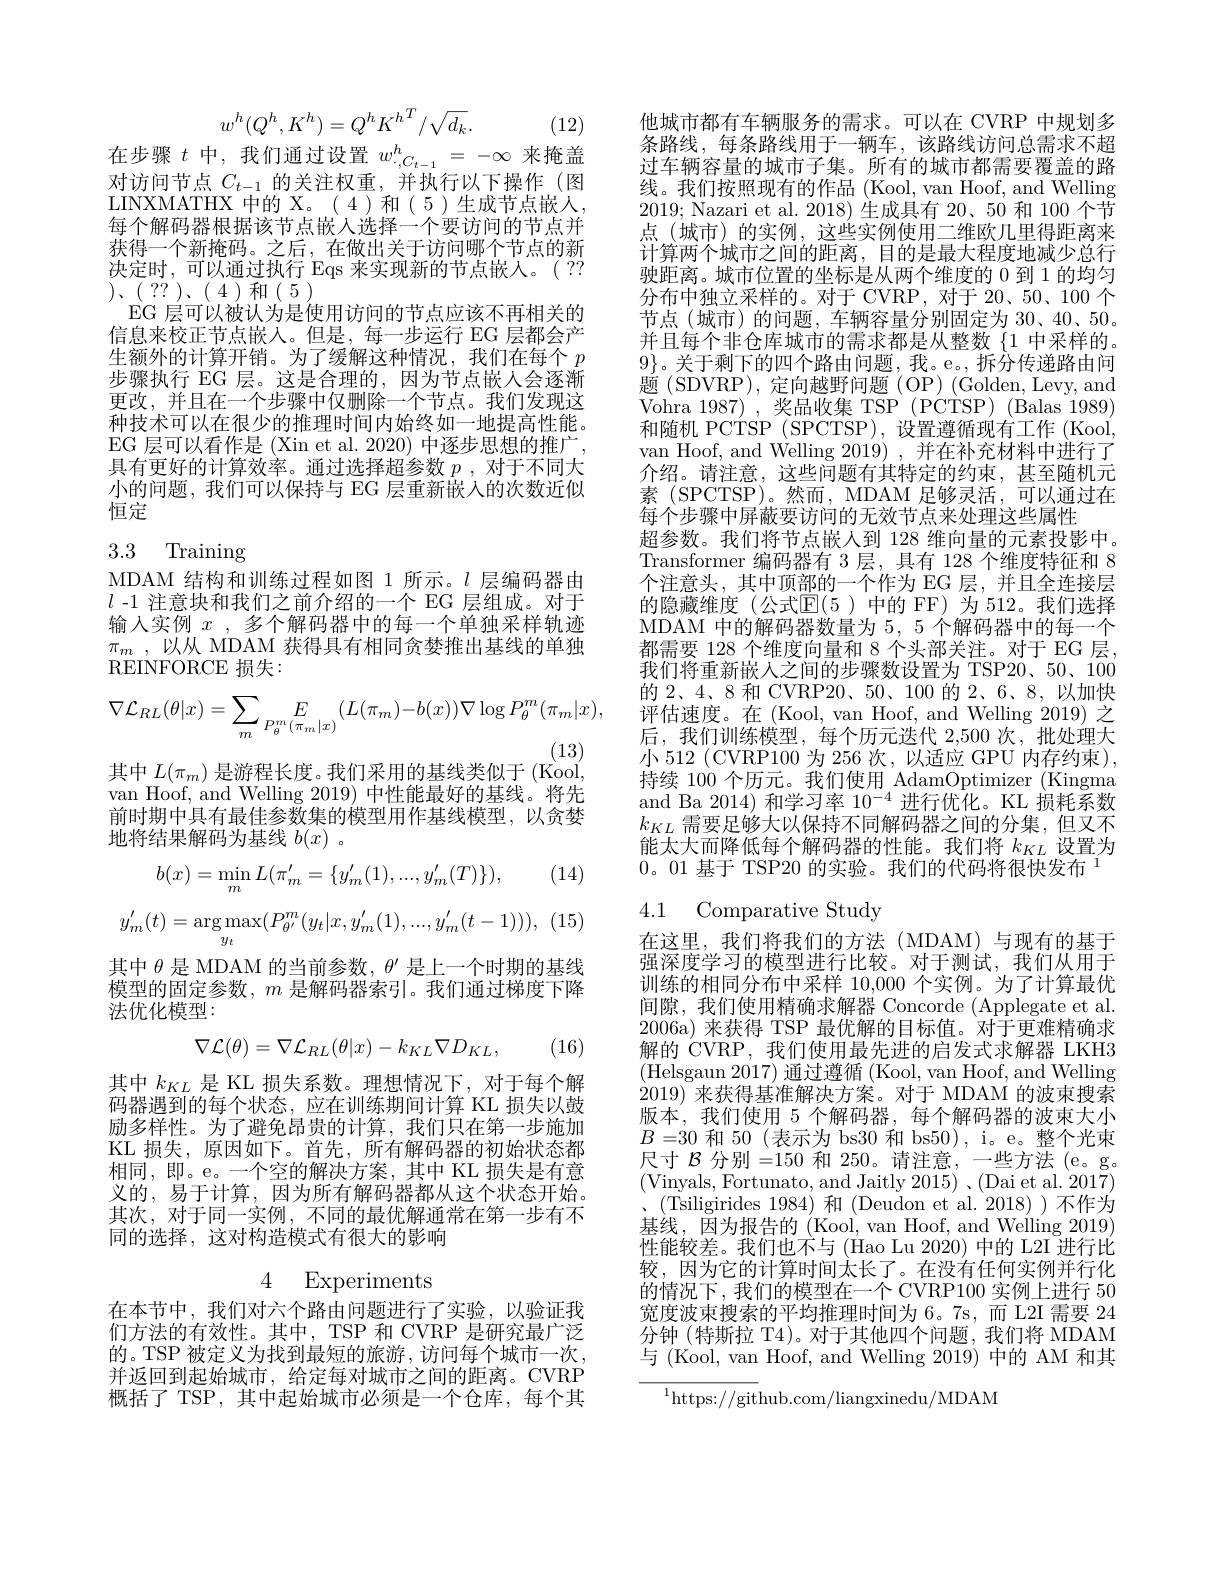
$$w^h(Q^h,K^h)=Q^hK^h^T/\sqrt{d_k}.$$
在步骤$t$中，我们通过设置$w_{\cdot C_{t-1}}^h=-\infty$来掩盖

(12)

对访问节点$C_t-1$的关注权重，并执行以下操作(图LINXMATHX 中的 X。(4)和(5)生成节点嵌人， 每个解码器根据该节点嵌入选择一个要访问的节点并获得一个新掩码。之后，在做出关于访问哪个节点的新决定时，可以通过执行 Eqs 来实现新的节点嵌人。( ?? $) 、 ($ ?? ), ( 4 )和( 5 )
EG 层可以被认为是使用访问的节点应该不再相关的信息来校正节点嵌入。但是，每一步运行 EG 层都会产生额外的计算开销。为了缓解这种情况，我们在每个$p$ 步骤执行 EG 层。这是合理的，因为节点嵌人会逐渐更改，并且在一个步骤中仅删除一个节点。我们发现这种技术可以在很少的推理时间内始终如一地提高性能。EG 层可以看作是 (Xin et al. 2020) 中逐步思想的推广， 具有更好的计算效率。通过选择超参数$p$ ,对于不同大小的问题，我们可以保持与 EG 层重新嵌入的次数近似恒定

# 3.3 Training

MDAM 结构和训练过程如图 1 所示。$l$层编码器由$l$ -1 注意块和我们之前介绍的一个 EG 层组成。对于输入实例$x$ , 多个解码器中的每一个单独采样轨迹$\pi _m$ , 以从 MDAM 获得具有相同贪婪推出基线的单独REINFORCE 损失：
$$\nabla\mathcal{L}_{RL}(\theta|x)=\sum_{m}E_{P_{\theta}^{m}(\pi_{m}|x)}(L(\pi_{m})-b(x))\nabla\log P_{\theta}^{m}(\pi_{m}|x),$$
(13)
其中$L(\pi_{m})$ 是游程长度。我们采用的基线类似于(Kool, van Hoof, and Welling 2019)中性能最好的基线。将先前时期中具有最佳参数集的模型用作基线模型，以贪婪地将结果解码为基线$b(x)$ 。

(14)
$$b(x)=\min_{m}L(\pi_{m}'=\{y_{m}'(1),...,y_{m}'(T)\}),$$
$$y_{m}^{\prime}(t)=\arg\max_{y_{t}}(P_{\theta^{\prime}}^{m}(y_{t}|x,y_{m}^{\prime}(1),...,y_{m}^{\prime}(t-1))),$$
其中$\theta$是 MDAM 的当前参数，$\theta^\prime$是上一个时期的基线模型的固定参数，$m$是解码器索引。我们通过梯度下降法优化模型：
$$\nabla\mathcal{L}(\theta)=\nabla\mathcal{L}_{RL}(\theta|x)-k_{KL}\nabla D_{KL},$$
(16)

其中$k_{KL}$是 KL 损失系数。理想情况下，对于每个解码器遇到的每个状态，应在训练期间计算 KL 损失以鼓励多样性。为了避免昂贵的计算，我们只在第一步施加KL 损失，原因如下。首先，所有解码器的初始状态都相同，即。e。一个空的解决方案，其中 KL 损失是有意义的，易于计算，因为所有解码器都从这个状态开始。其次，对于同一实例，不同的最优解通常在第一步有不同的选择，这对构造模式有很大的影响

4 Experiments

在本节中，我们对六个路由问题进行了实验，以验证我们方法的有效性。其中，TSP 和 CVRP 是研究最广泛的。TSP 被定义为找到最短的旅游，访问每个城市一次， 并返回到起始城市，给定每对城市之间的距离。CVRP 概括了 TSP,其中起始城市必须是一个仓库，每个其

他城市都有车辆服务的需求。可以在 CVRP 中规划多条路线，每条路线用于一辆车，该路线访问总需求不超过车辆容量的城市子集。所有的城市都需要覆盖的路线。我们按照现有的作品 (Kool, van Hoof, and Welling 2019; Nazari et al. 2018) 生成具有 20、50 和 100 个节点 (城市) 的实例，这些实例使用二维欧几里得距离来计算两个城市之间的距离，目的是最大程度地减少总行驶距离。城市位置的坐标是从两个维度的 0 到 1 的均匀分布中独立采样的。对于 CVRP, 对于 20、50、100 个节点(城市)的问题，车辆容量分别固定为 30、40、50。并且每个非仓库城市的需求都是从整数$\{1$中采样的。$9\}$。关于剩下的四个路由问题，我。e。,拆分传递路由问题(SDVRP),定向越野问题(OP)(Golden,Levy,and Vohra 1987) , 奖品收集 TSP (PCTSP) (Balas 1989) 和随机 PCTSP ( SPCTSP), 设置遵循现有工作 (Kool, van Hoof, and Welling 2019) ,并在补充材料中进行了介绍。请注意，这些问题有其特定的约束，甚至随机元素 (SPCTSP)。然而，MDAM 足够灵活，可以通过在每个步骤中屏蔽要访问的无效节点来处理这些属性
超参数。我们将节点嵌人到 128 维向量的元素投影中。Transformer 编码器有 3 层，具有 128 个维度特征和 8个注意头，其中顶部的一个作为 EG 层，并且全连接层的隐藏维度(公式$\mathbb{E}(5)$ 中的 FF)为 512。我们选择MDAM 中的解码器数量为 5, 5 个解码器中的每一个都需要 128 个维度向量和 8 个头部关注。对于 EG 层， 我们将重新嵌入之间的步骤数设置为 TSP20、50、100的 2、4、8 和 CVRP20、50、100 的 2、6、8,以加快评估速度。在 (Kool, van Hoof, and Welling 2019) 之后，我们训练模型，每个历元迭代 2,500 次，批处理大小 512 ( CVRP100 为 256 次，以适应 GPU 内存约束), 持续 100 个历元。我们使用 AdamOptimizer (Kingma and Ba 2014)和学习率$10^{-4}$进行优化。KL 损耗系数$k_{KL}$需要足够大以保持不同解码器之间的分集，但又不能太大而降低每个解码器的性能。我们将$k_{KL}$设置为$0\text{。01 基于 TSP20 的实验。我们的代码将很快发布 }^{1}$

4.1 Comparative Study

在这里，我们将我们的方法(MDAM)与现有的基于强深度学习的模型进行比较。对于测试，我们从用于训练的相同分布中采样 10,000 个实例。为了计算最优间隙，我们使用精确求解器 Concorde (Applegate et al. 2006a)来获得 TSP 最优解的目标值。对于更难精确求解的 CVRP, 我们使用最先进的启发式求解器 LKH3 (Helsgaun 2017) 通过遵循 (Kool, van Hoof, and Welling $\bar{2019)}$来获得基准解决方案。对于 MDAM 的波束搜索版本，我们使用 5 个解码器，每个解码器的波束大小$B=30$和 50 (表示为 bs30 和 bs50), i。e。整个光束尺寸 $\mathcal{B}$ 分别 =150 和 250。请注意，一些方法(e。g. $、($Tsiligirides 1984)和(Deudon et al.2018))不作为(Tsiligirides 1984)和(Deudon et al. 2018))不作为基线，因为报告的 (Kool, van Hoof, and Welling 2019) 性能较差。我们也不与 (Hao Lu 2020) 中的 L2I 进行比较，因为它的计算时间太长了。在没有任何实例并行化的情况下，我们的模型在一个 CVRP100 实例上进行 50宽度波束搜索的平均推理时间为 6。7s, 而 L2I 需要 24分钟(特斯拉 T4)。对于其他四个问题，我们将 MDAM 与(Kool, van Hoof, and Welling 2019) 中的 AM 和其

$^{1}$https://github.com/liangxinedu/MDAM